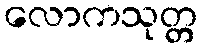
လောကသုတ္တ